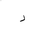
Letter: _dal